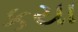
કયા